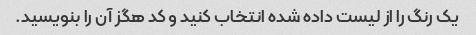
یک رنگ را از لیست داده شده انتخاب کنید و کد هگز آن را بنویسید.